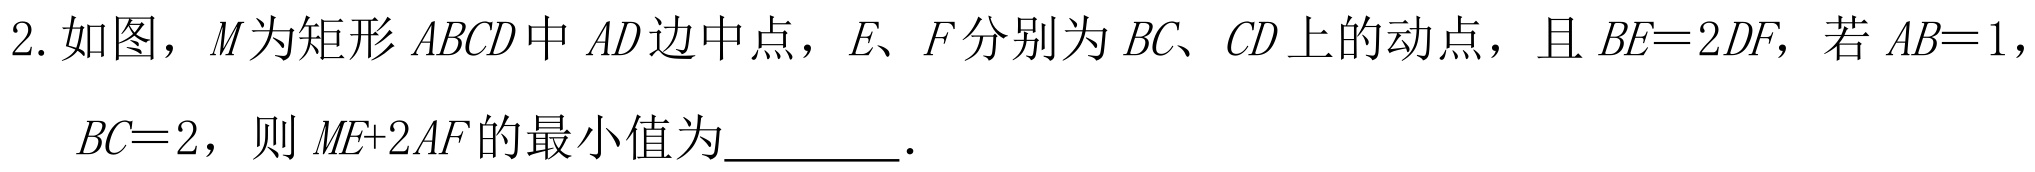
2. 如图，\(M\)为矩形 \(ABCD\)中 \(AD\)边中点，\(E、F\)分别为 \(BC、CD\)上的动点，且 \(BE = 2DF\)，若 \(AB = 1\)，\(BC = 2\)，则 \(ME + 2AF\)的最小值为________．